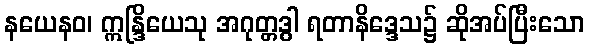
နယေနဝ၊ ဣန္ဒြိယေသု အဂုတ္တဒွါ ရတာနိဒ္ဒေသ၌ ဆိုအပ်ပြီးသော